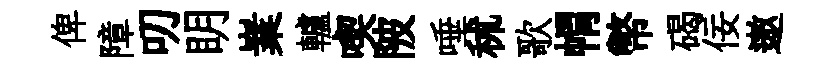
俾障叨眀嶪轤喫陂唾秫歌㡌幣碣佞遨